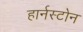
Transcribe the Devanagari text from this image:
हार्नस्टोन